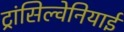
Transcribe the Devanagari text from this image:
ट्रांसिल्वेनियाई